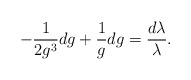
\begin{align*}-\frac{1}{2g^3}dg+\frac{1}{g}dg=\frac{d\lambda}{\lambda}.\end{align*}